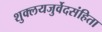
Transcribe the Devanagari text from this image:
शुक्लयजुर्वेदसंहिता